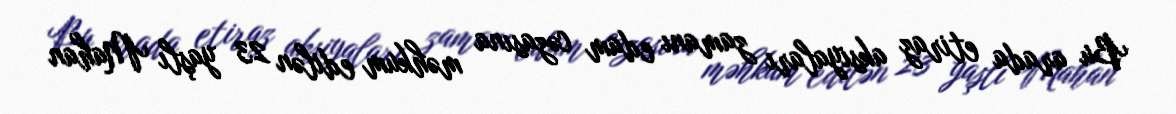
Bu arada etiraz aksiyaları zamanı edam cəzasına məhkum edilən 23 yaşlı Mahan